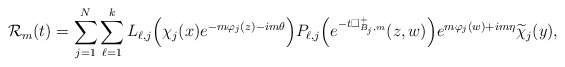
\begin{align*} \mathcal{R}_m(t)=\sum^N_{j=1}\sum^k_{\ell=1}L_{\ell,j}\Bigr(\chi_j(x)e^{-m\varphi_j(z)-im\theta}\Bigr)P_{\ell,j}\Bigr(e^{-t\Box^+_{B_j,m}}(z,w)\Bigr)e^{m\varphi_j(w)+im\eta}\widetilde\chi_j(y),\end{align*}